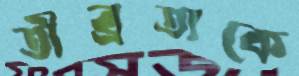
তীব্রতাকে